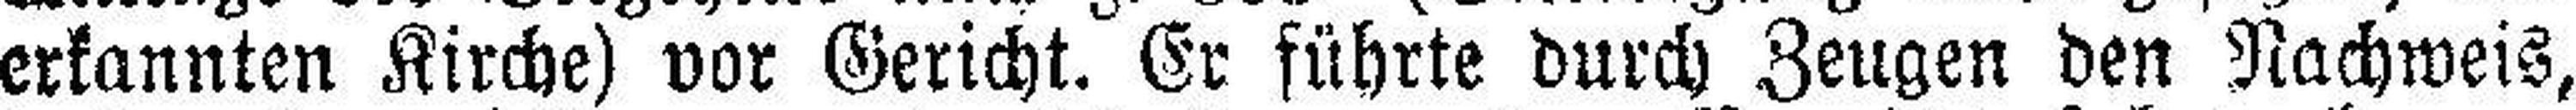
erkannten Kirche) vor Gericht. Er führte durch Zeugen den Nachweis,